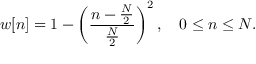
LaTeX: w [ n ] = 1 - \left( { \frac { n - { \frac { N } { 2 } } } { \frac { N } { 2 } } } \right) ^ { 2 } , \quad 0 \leq n \leq N .